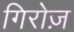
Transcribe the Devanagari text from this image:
गिरोज़